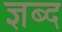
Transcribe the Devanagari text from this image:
ज्ञब्द